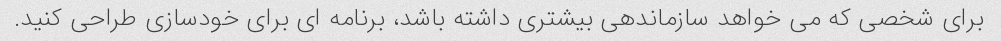
برای شخصی که می خواهد سازماندهی بیشتری داشته باشد، برنامه ای برای خودسازی طراحی کنید.